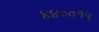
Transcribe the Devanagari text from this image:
४४००१५